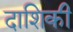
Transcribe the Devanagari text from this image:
दाशिकी